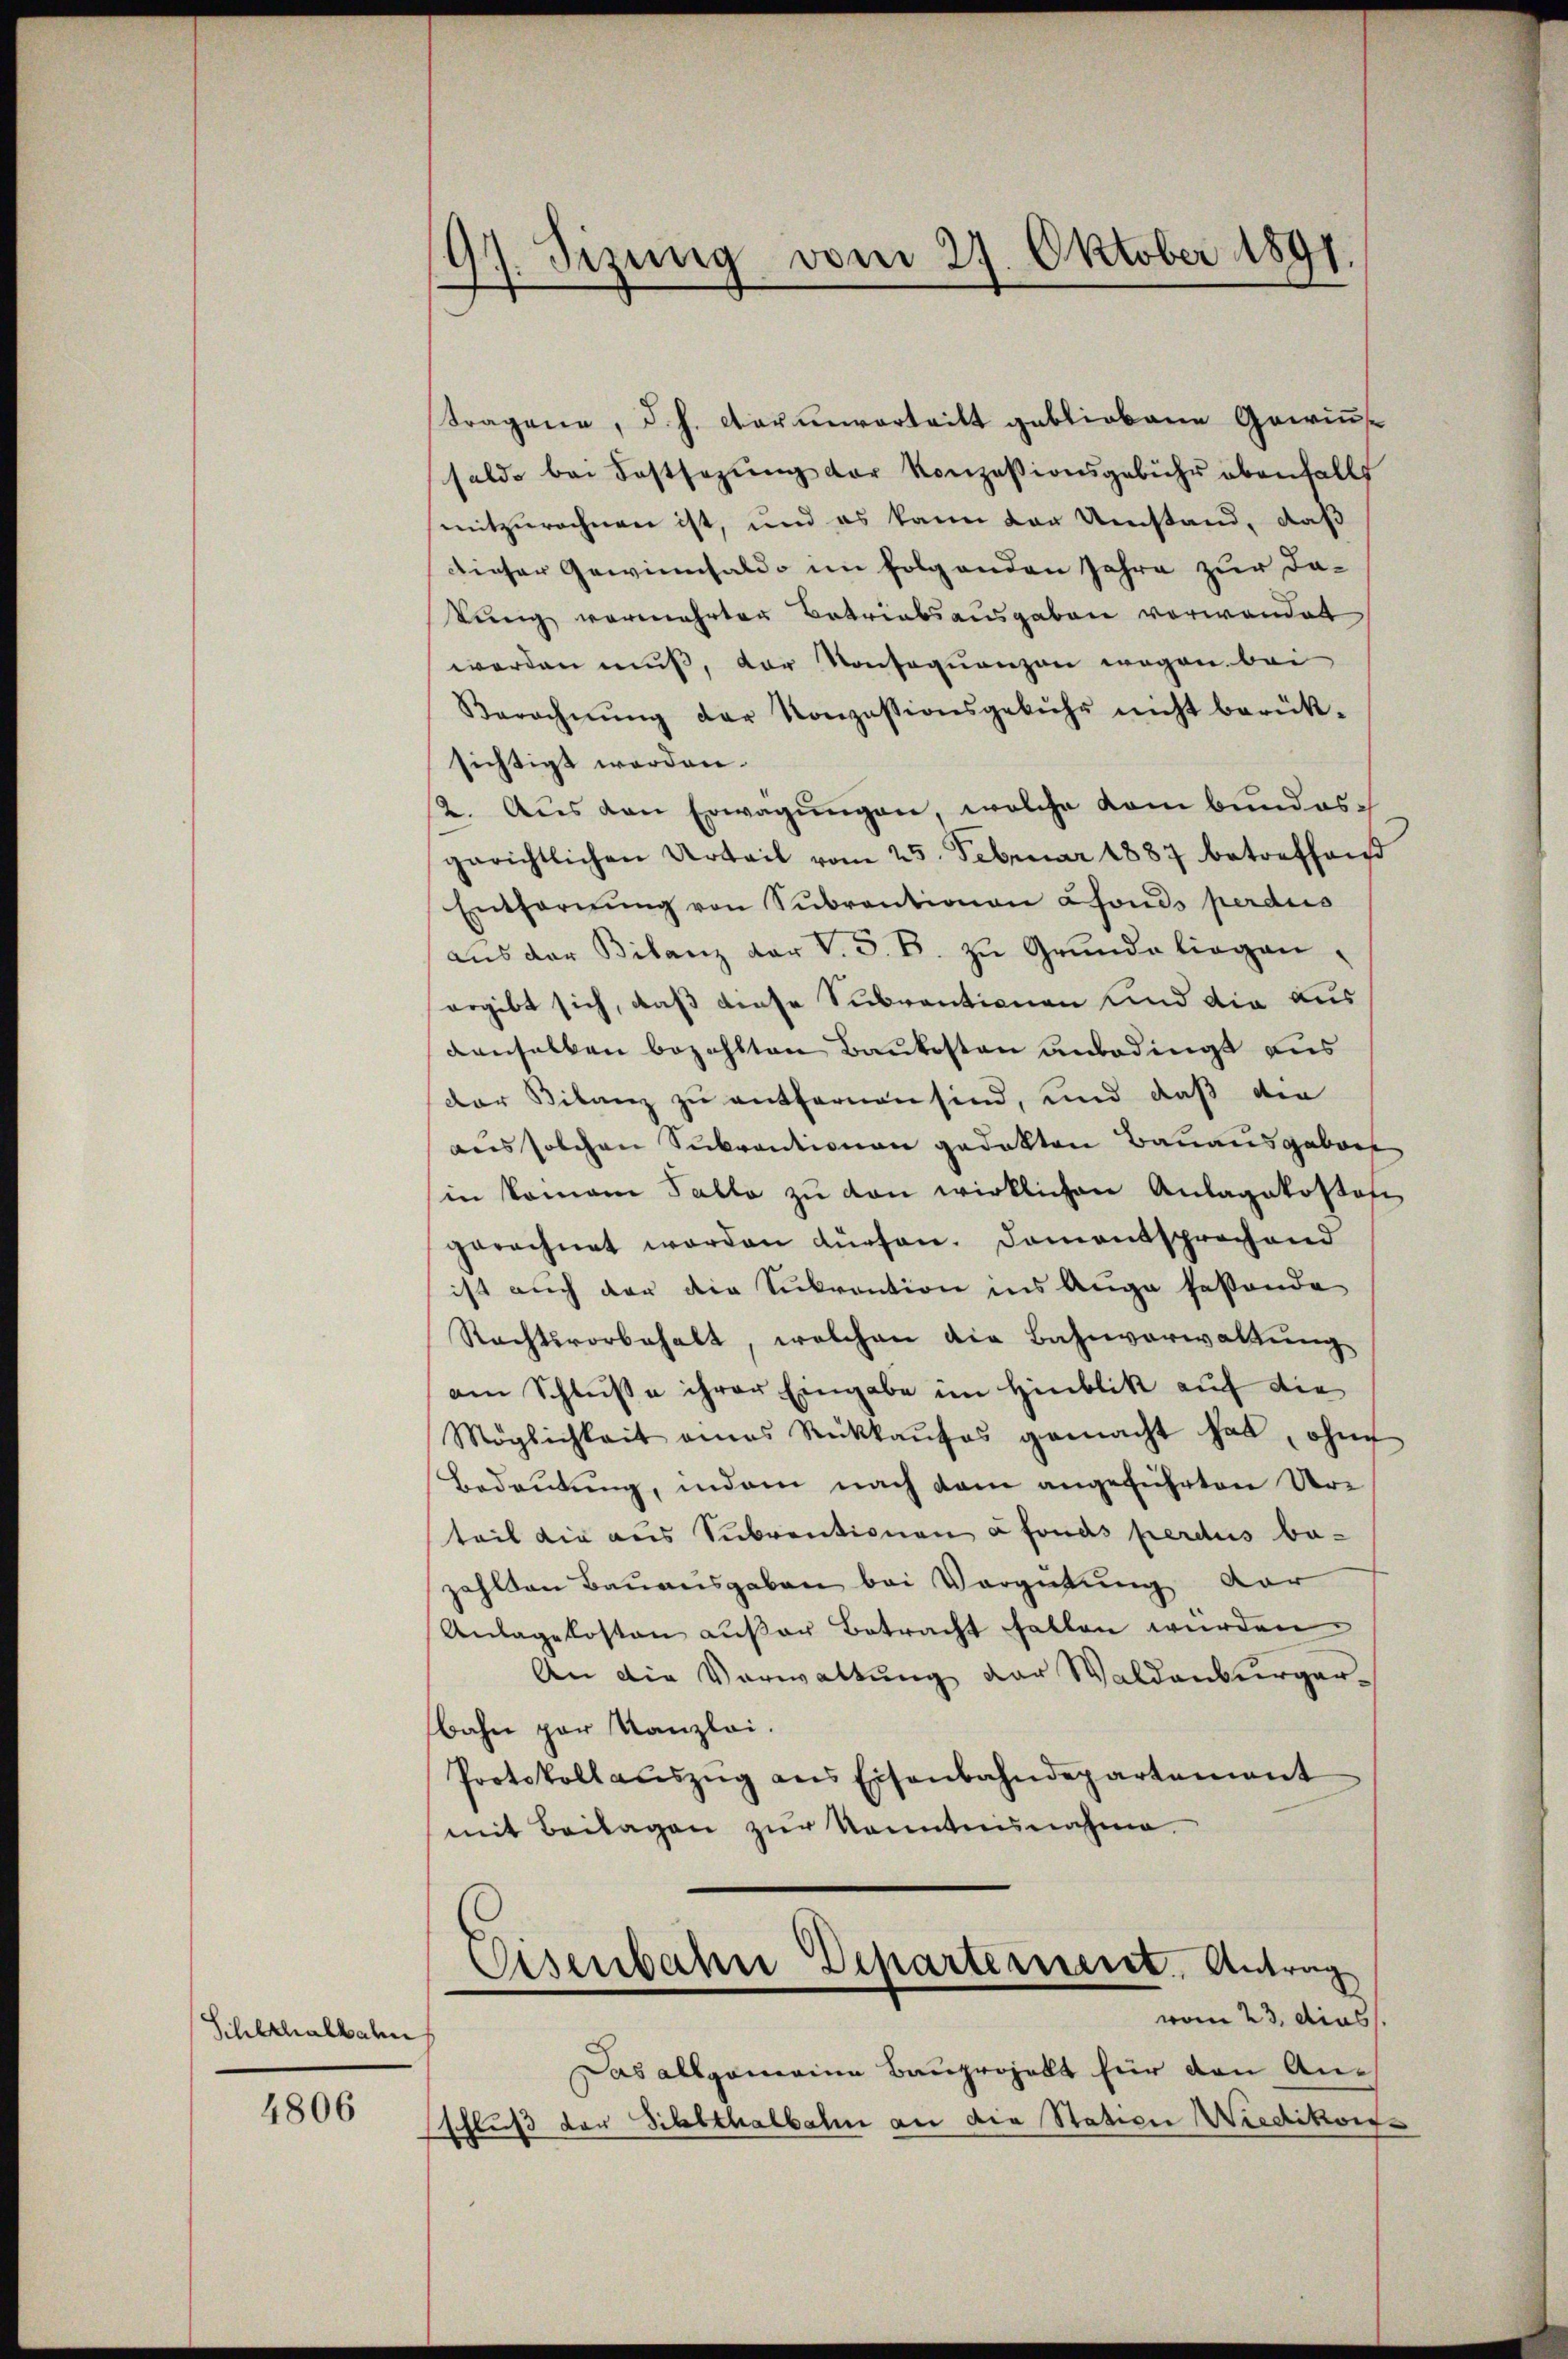
Scherhalbahn

4806

Fragene, d. h. der unvortritt gebliebene Gawin
solde bei Festsezung der Konzessionsgebühr ebenfalls
mitzurechnen ist, und es kann der Umstand, daß
dieser Gewinnsaldo im folgenden Jahre zur da-
tung vermehrten Betriebsausgaben verwendet
werden muß, der Konsequenzen wegen bei
Berechnŭng der Konzessionsgebühr nicht berük-
sichtigt werden.
2. Aus den Erwägungen, welche dem bundesgerichtlichen Urteil vom 25. Februar 1887 betreffend
Entfernŭng von Subventionen fonds perdus
aŭs der Bilanz der V. S. B. zŭ Grŭnde liegen.
ergibt sich, daß diese Subventionen und die aus
denselben bezahlten Baukosten unbedingt aus
der Bilanz zu entfernen sind, und daß die
aus solchen Subventionen gedekten Bauausgebore
in komam Talle zŭ von wirklichen Anlagekostof
gerechnet worden dürfen. Damentsprochend
ist auch der die Subvention ins Auge festande
Rechtsvorbehalt, welchen die Bahnverwaltung
am Schluße ihrer Eingabe im Hinblik auf die
Möglichkeit eines Rückkaŭfos gemacht hat, ohne
Bedeutung, indem nach dem angeführten Urteil die aus Subventionen a fonds perdus be-
zahlten Bauausgaben bei Vergütung dar
Anlagekosten außer Betracht fallen wurden
An die Verwaltung der Waldenburgerbahn par Kanzlei.
Protokoll aŭszŭg ans Eisenbahndepartement
mit Beilagen zur Kenntnisnahme.
Eisenbahne Departeriert, Antrag
vom 23. dies
Das allgemeine Bauprojekt für den An¬
(schluß der Sihlthalbahn an die Station Wiedikon-

Sizung vom 27. Oktober 1891.
“